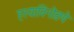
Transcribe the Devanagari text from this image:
हस्याविनोडणे